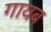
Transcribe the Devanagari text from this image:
गायब़